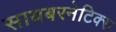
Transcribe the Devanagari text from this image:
सायबरनेटिक्स